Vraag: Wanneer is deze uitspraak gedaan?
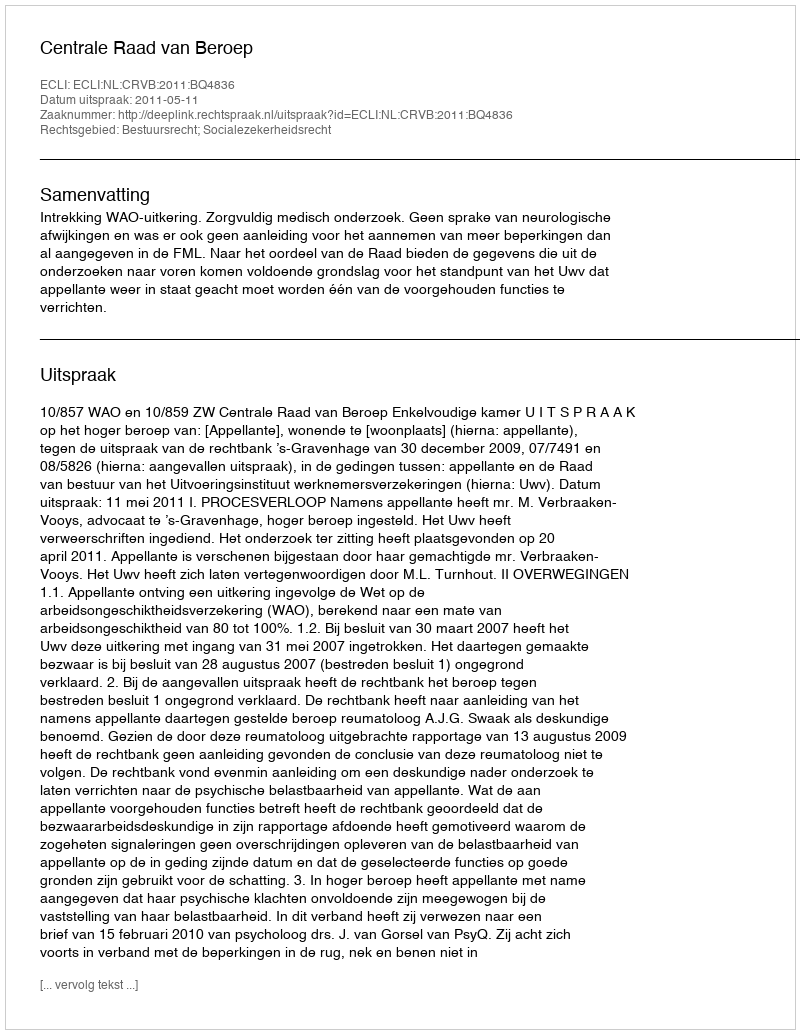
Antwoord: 2011-05-11